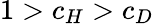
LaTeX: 1>c_{H}>c_{D}